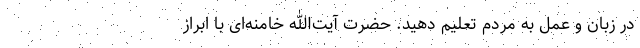
در زبان و عمل به مردم تعلیم دهید. حضرت آیت‌الله خامنه‌ای با ابراز